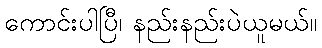
ကောင်းပါပြီ၊ နည်းနည်းပဲယူမယ်။